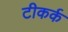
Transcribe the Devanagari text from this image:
टीकर्क